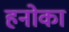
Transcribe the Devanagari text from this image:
हनोका